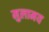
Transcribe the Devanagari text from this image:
मुलामय